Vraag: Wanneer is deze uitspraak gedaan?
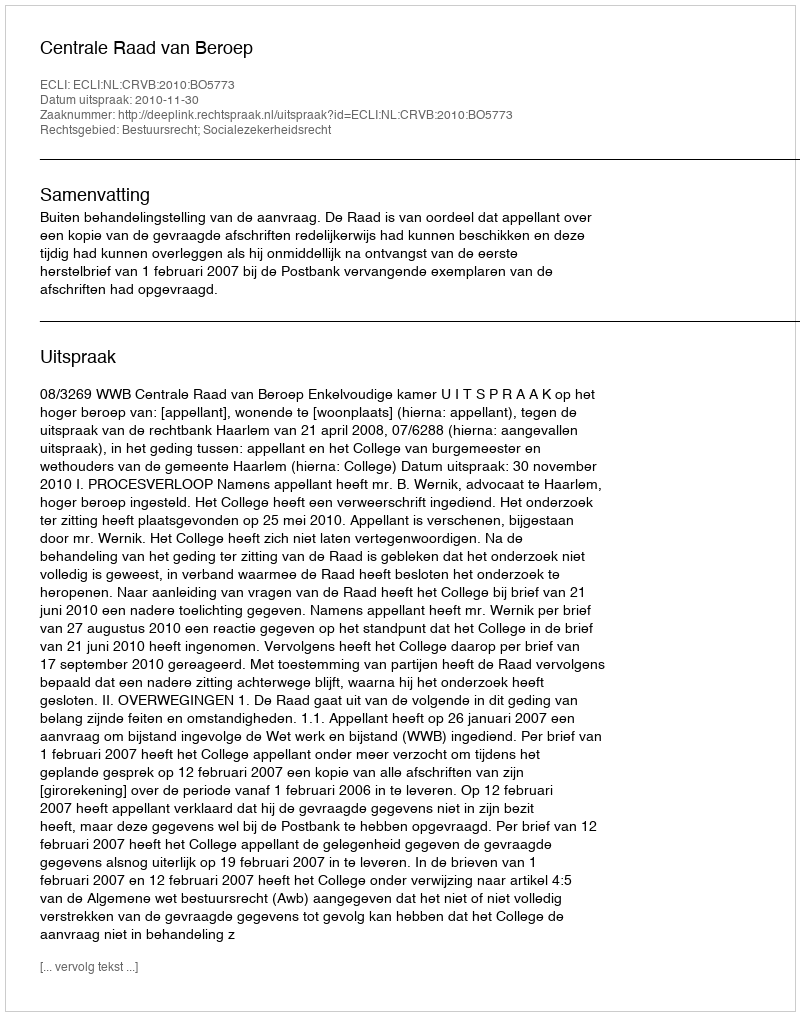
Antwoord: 2010-11-30